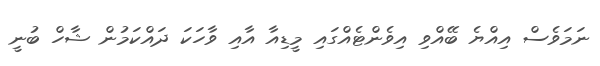
ނަމަވެސް އިއްޔެ ބޭއްވި އިވެންޓެއްގައި މީޑިއާ އާއި ވާހަކަ ދައްކަމުން ޝާހް ބުނީ